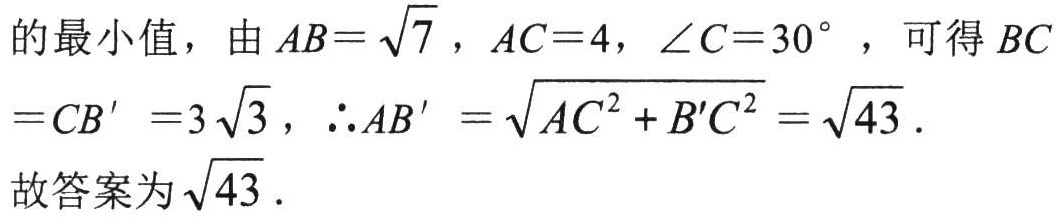
的最小值，由\(AB = \sqrt{7}\)，\(AC = 4\)，\(\angle C = 30^{\circ}\)，可得\(BC = CB' = 3\sqrt{3}\)，\(\therefore AB'=\sqrt{AC^{2}+B'C^{2}}=\sqrt{43}\).
故答案为\(\sqrt{43}\).